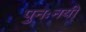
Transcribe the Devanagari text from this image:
पुनःनयी